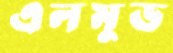
এলমুড